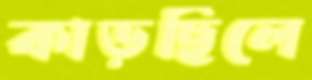
কাড়ছিলে